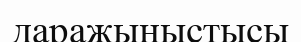
даражыныстысы